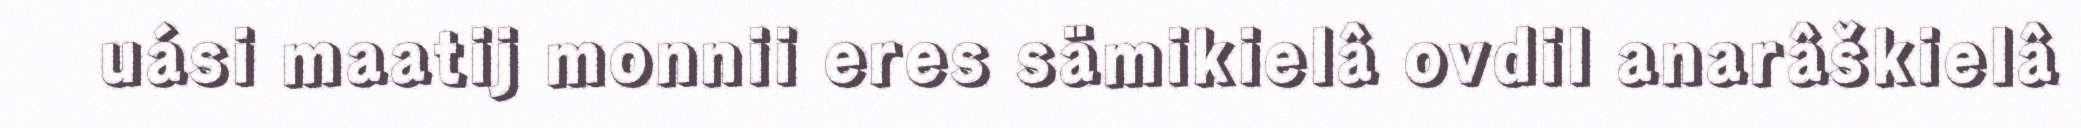
uási maatij monnii eres sämikielâ ovdil anarâškielâ